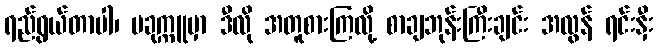
ရည်ရွယ်တာပါ၊ ပခုက္ကူမှာ ဒီလို အတူစားကြလို့ စာချဘုန်းကြီးချင်း အလွန် ရင်းနှီး